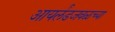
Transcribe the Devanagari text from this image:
आयर्लंडजवळच्या